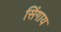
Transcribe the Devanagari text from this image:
सिंगाय